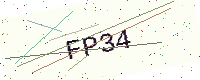
Text: FP34